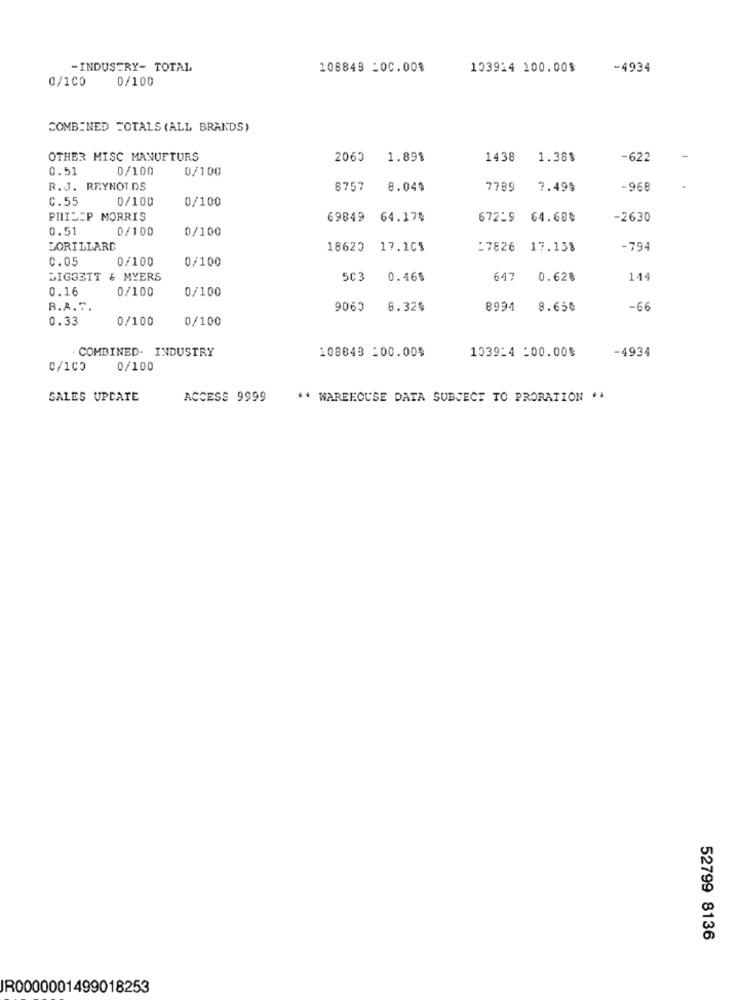
-INDUSTRY- TOTAL
108848 -00.00%
103914 100.00%
-4934
0/100
0/100
COMBINED FOTALS (ALL BRANDS)
OTHER MISC MANUFTURS
2065
1.89$
1438
1.38$
-622
0.51
0/100
0/100
R. J. REYNOLDS
8757
8.04%
7789
7.49%
-968
C.55
0/100
0/100
PHILIP MORRIS
69849
64.17%
672:9
64.68%
-2630
0.51
0/100
0/100
LORILLARD
18625
17.10$
:7826 17.15%
-794
C.05
0/100
0/100
LIGGETT & MYERS
5C3
0.46$
647
0.62%
144
0.16
0/100
0/100
R.A.C.
9065
6.32$
8994
8.65%
-66
0.33
0/100
0/100
COMBINED- INDUSTRY
108843 100.00%
103914 :00.00$
-4934
0/100
0/100
SALES UPCATE
ACCESS 9999
** WAREHOUSE DATA SUBJECT TO PRORATION **
52799 8136
IR0000001499018253